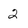
Character: 2